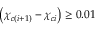
\left( \chi _ { c ( i + 1 ) } - \chi _ { c i } \right) \geq 0 . 0 1